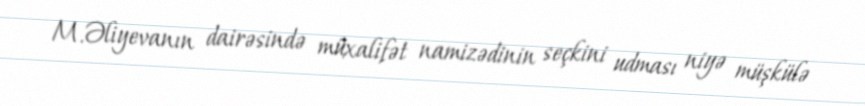
M.Əliyevanın dairəsində müxalifət namizədinin seçkini udması niyə müşkülə